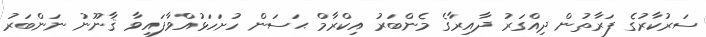
ސަރުކާރުގެ ފަރާތުން ދިއްގަރު ދާއިރާގެ މެންބަރު އިކްރާމް ޙަސަން ހުށަހަޅުއްވާފައިވާ ޤާނޫނު ނަންބަރު